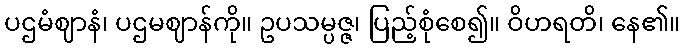
ပဌမံဈာနံ၊ ပဌမဈာန်ကို။ ဥပသမ္ပဇ္ဇ၊ ပြည့်စုံစေ၍။ ဝိဟရတိ၊ နေ၏။